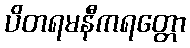
ပိတရမနီကရတ္တော